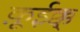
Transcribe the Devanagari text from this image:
क़ूईक्क्